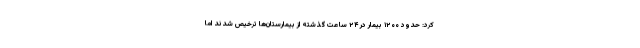
کرد: حدود ۱۲۰۰ بیمار در ۲۴ ساعت گذشته از بیمارستان‌ها ترخیص شدند اما